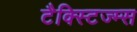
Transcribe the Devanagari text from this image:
टैक्स्टिज्म्स